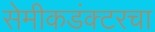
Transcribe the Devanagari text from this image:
सेमीकडंक्टरचा